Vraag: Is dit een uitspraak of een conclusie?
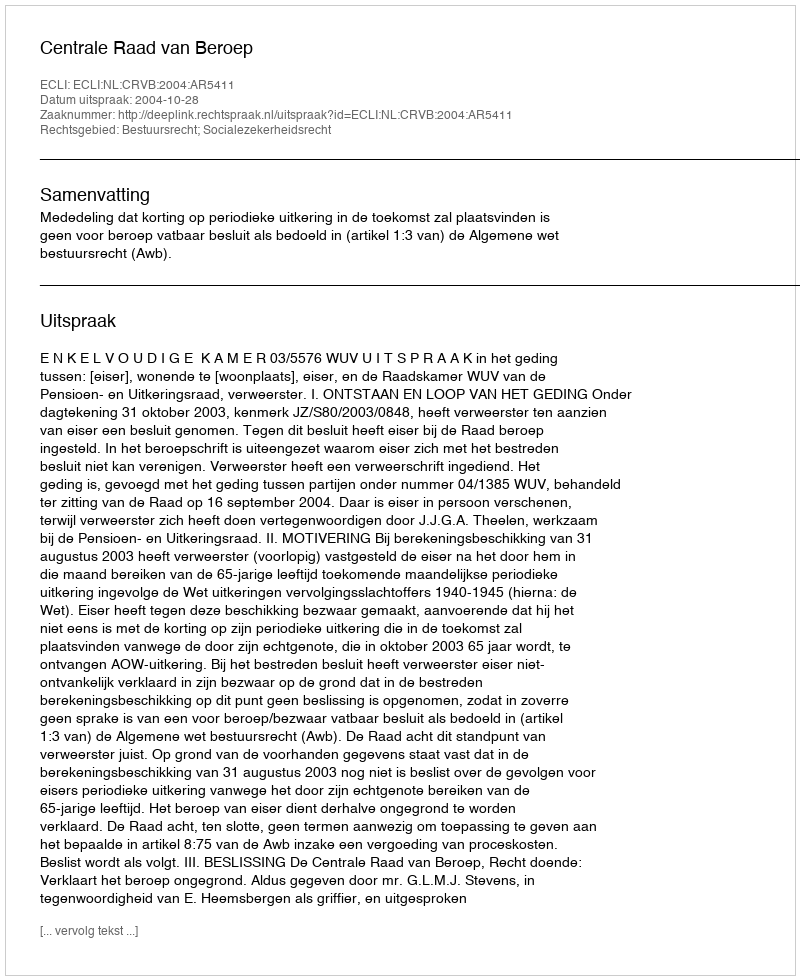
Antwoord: Uitspraak